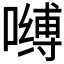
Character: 𰈶